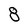
Character: 8